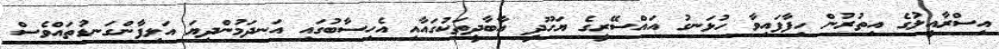
އިސްރާއީލުގެ އިތުރުން ހިފާފައިވާ ހުޅަނގު އައްސޭރީގެ ޔަހޫދީ އާބާދީތަކުގައާއި އެހިސާބުގައި އަނދަމުންދިޔަ އަލިފާންގަނޑުތައްވެސް